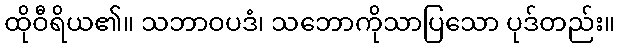
ထိုဝီရိယ၏။ သဘာဝပဒံ၊ သဘောကိုသာပြသော ပုဒ်တည်း။